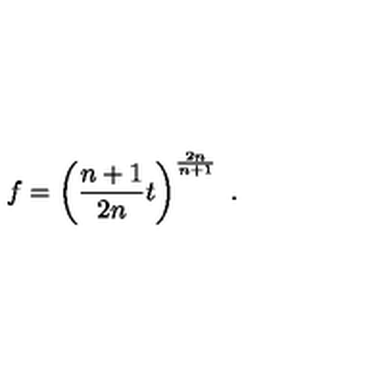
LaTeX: f = \left( \frac { n + 1 } { 2 n } t \right) ^ { \frac { 2 n } { n + 1 } } \ .